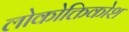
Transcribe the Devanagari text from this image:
लोकोक्तिकोश